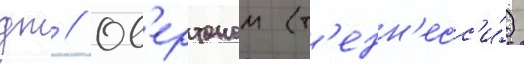
дж // Ов'ертоном (т'енн'есс'и́)